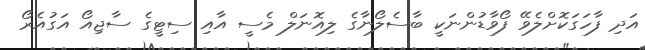
އަދި ފާހަގަކޮށްލެވޭ ފޯވާޑުންނަކީ ބާސެލޯނާގެ ލިއޮނަލް މެސީ އާއި ސިޓީގެ ސާޖިއޯ އަގުއެރޯ